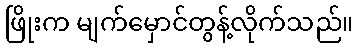
ဖြိုးက မျက်မှောင်တွန့်လိုက်သည်။